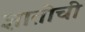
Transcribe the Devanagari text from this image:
ज्ञातीची